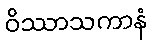
ဝိဿာသကာနံ